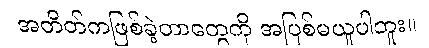
အတိတ်ကဖြစ်ခဲ့တာတွေကို အပြစ်မယူပါဘူး။